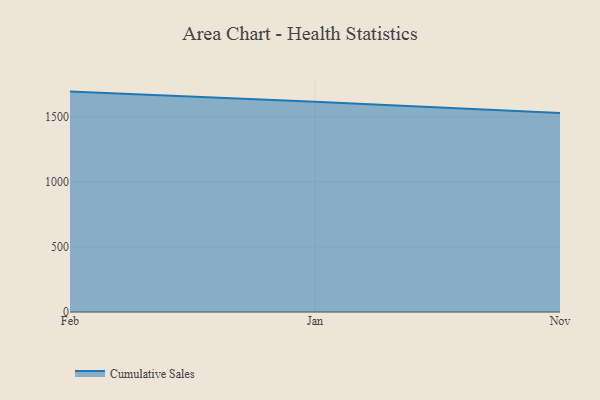
{"axis": {"x": "Month", "y": "Gross Profit (USD K)"}, "legend": ["Cumulative Sales"], "data": [{"x": "Feb", "y": 1693.8, "type": "Cumulative Sales"}, {"x": "Jan", "y": 1616.1, "type": "Cumulative Sales"}, {"x": "Nov", "y": 1529.7, "type": "Cumulative Sales"}]}